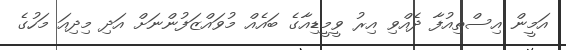
އަމީން އިސްތިއުފާ ދެއްވި އިރު ވީމީޑިއާގެ ބައެއް މުވައްޒަފުންނަށް އަދި މިދިއަ މަހުގެ